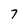
Character: 7